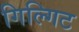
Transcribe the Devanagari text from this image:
गिल्गिट